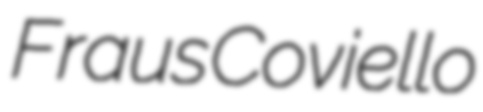
Fraus Coviello